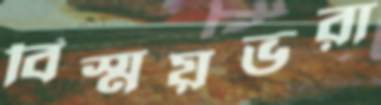
বিস্ময়ভরা